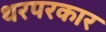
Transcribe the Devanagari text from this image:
थरपरकार